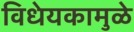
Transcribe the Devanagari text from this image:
विधेयकामुळे